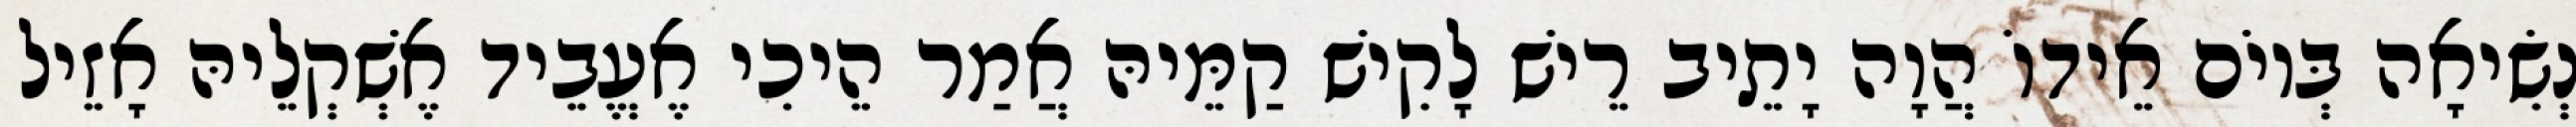
נְשִׂיאָה בְּיוֹם אֵידוֹ הֲוָה יָתֵיב רֵישׁ לָקִישׁ קַמֵּיהּ אֲמַר הֵיכִי אֶעֱבֵיד אֶשְׁקְלֵיהּ אָזֵיל